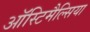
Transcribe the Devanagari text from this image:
ऑस्टिमैल्सिया